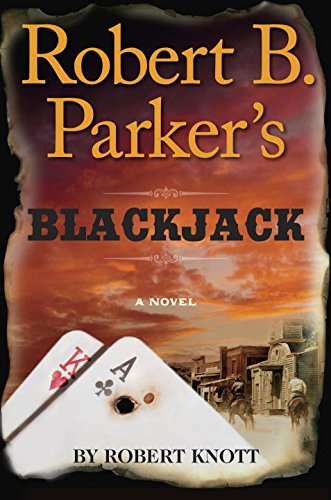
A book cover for Robert B. Parker's Blackjack (A Cole and Hitch Novel); Robert Knott; Literature & Fiction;